Rae_vallavalitsus, lk 81
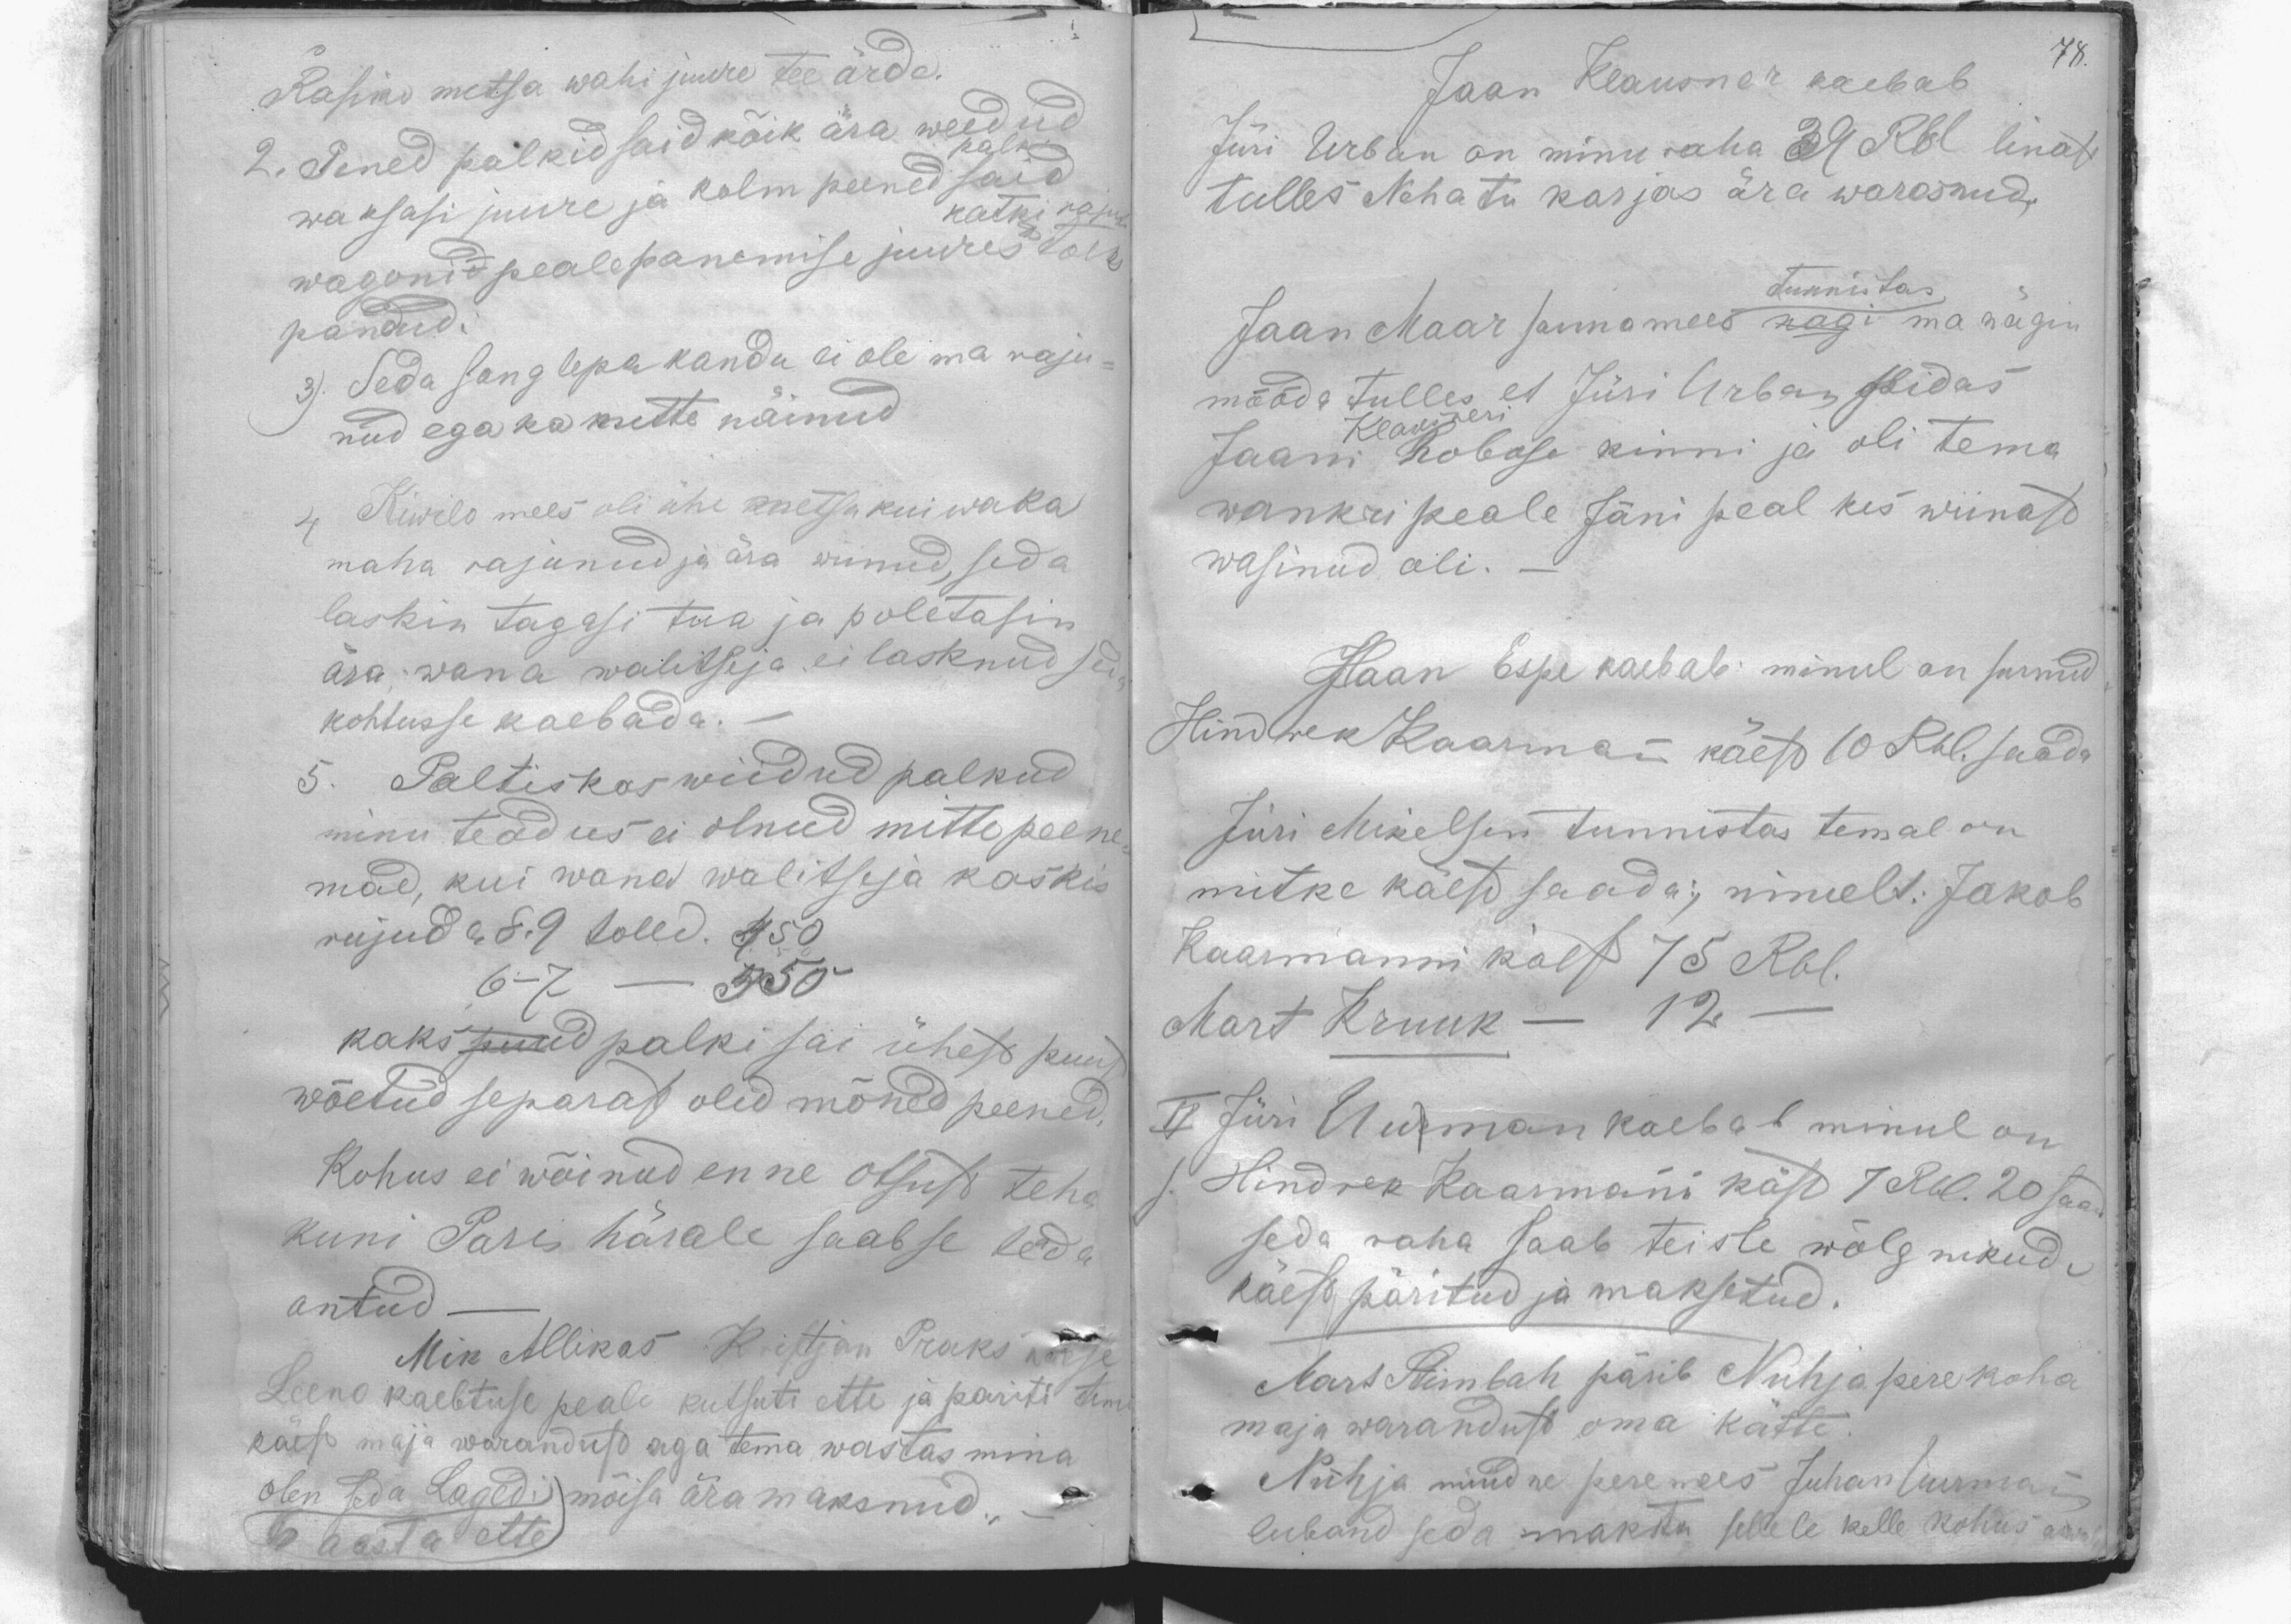
Rasiko metsa wahi juure tee ärde.
2. Pened palkid said kõik ära weedud
palk
waksasi juure ja kolm peened said
katki rajut
wagonid peale panemise juures toeks
pandud.
3). Seda sanglepa kandu ei ole ma raju-
nud ega ka mitte näinud.
4 Kiwilo mees oli ühe metsa kui waka
maha rajunud ja ära wiinud, seda
laskin tagasi tua ja poletasin
ära; wana walitseja ei lasknud seda
kohtusse kaebada. -
5. Paltiskas wiidud palkud
minu teadus ei olnud mitte peene-
mad, kui wana walitseja kaskis
rujuda, 8-9 tolled. 450
6-7
550
kaks puud palki sai ühest puust
wõetud separast olid mõned peened.
Kohus ei wõinud enne otsust teha
kuni Paris härale saab se teada
antud
Mik Allikas Kristjan Praks naese
Leeno kaebtuse peale kutsuti ette ja pariti tema
käest maja warandust aga tema wastas mina
olen seda Lagedi mõisa ära maksnud.
6 aasta ette

78.

Jaan Klausner kaebab
Jüri Urban on minu raha 39 Rbl linast
tulles Nehatu karjas ära warasnud.
Tunnistas
Jaan Maar sannamees nagi ma nägin
mööda tulles, et Jüri Urban pidas
Jaani hobose kinni ja oli tema
Klausneri
wankri peale Jäni peal kes wiinast
wasinud oli.-
Jaan Espe kaebab: minul on surnud
Hindrik Kaarmann käest 10 Rbl. saada
Jüri Mikelsen tunnistas temal on
mitke käest saada; nimelt: Jakob
Kaarmanni käest 75 Rbl.
Mart Kruuk - 12
II Jüri Uurman kaebab minul on
s. Hindrek Kaarmanni käst 7 Rbl. 20 saad
seda raha saab teiste wõlgnikude
käest päritud ja maksetud.
Mart Steinbah pärib Nuhja perekoha
maja warandust oma kätte
Nuhja nüüdne peremees Juhan Uurmann
luband seda maksta sellele kelle kohus arvab